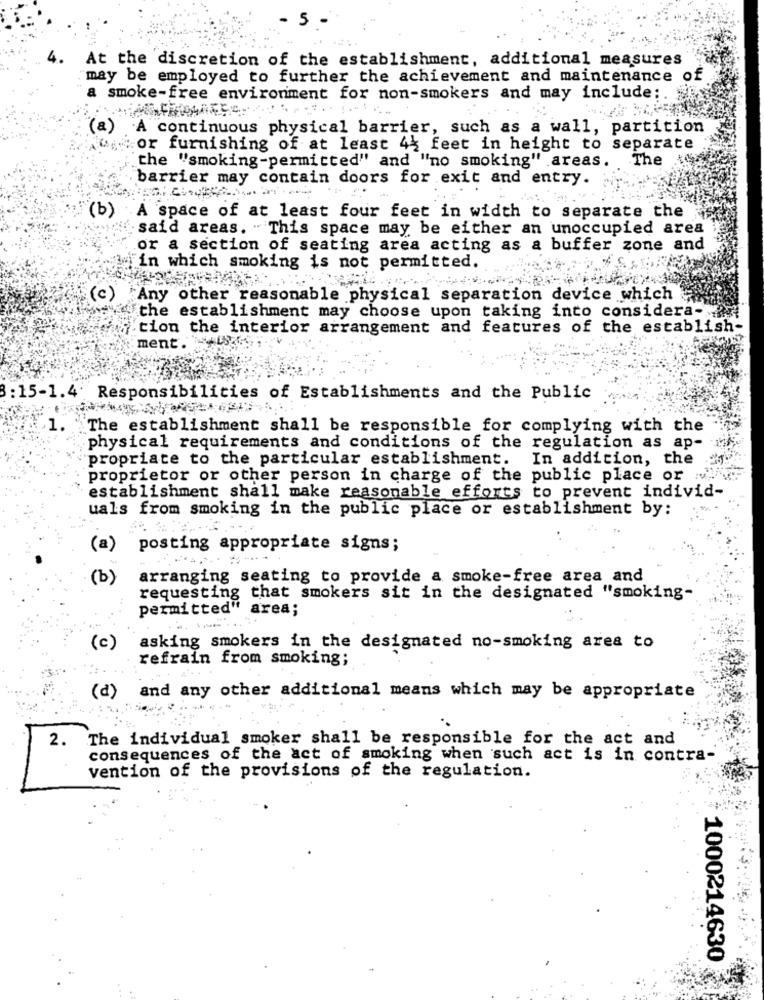
5
4.
At the discretion of the establishment, additional measures
may be employed to further the achievement and maintenance of
a smoke-free environment for non-smokers and may include ;.
"(a)
A continuous physical barrier, such as a wall, partition
or furnishing of at least 44 feet in height to separate
The
the "smoking-permitted" and "no smoking" areas.
barrier may contain doors for exit and entry.
(b) A space of at least four feet in width to separate the
said areas. This space may be either an unoccupied area
or a section of seating area acting as a buffer zone and
in which smoking is not permitted.
(c)
Any other reasonable physical separation device which
the establishment may choose upon taking into considera-
"tion the interior arrangement and features of the establish-
ment.
8: 15-1.4' Responsibilities of Establishments and the Public
.1.
The establishment shall be responsible for complying with the
physical requirements and conditions of the regulation as ap-
propriate to the particular establishment. In addition, the
proprietor or other person in charge of the public place or v.
establishment shall make reasonable efforts to prevent individ-
uals from smoking in the public place or establishment by:
(a)
posting appropriate signs;
(b)
arranging seating to provide a smoke-free area and
requesting that smokers sit in the designated "smoking-
permitted" area;
(c)
asking smokers in the designated no-smoking area to
refrain from smoking;
(d) and any other additional means which may be appropriate
2.
The individual smoker shall be responsible for the act and
consequences of the act of smoking when such act is in contra-
vention of the provisions of the regulation.
1000214630